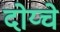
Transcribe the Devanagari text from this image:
दोय्चे